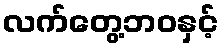
လက်တွေ့ဘဝနှင့်